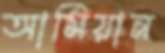
আমিয়ান